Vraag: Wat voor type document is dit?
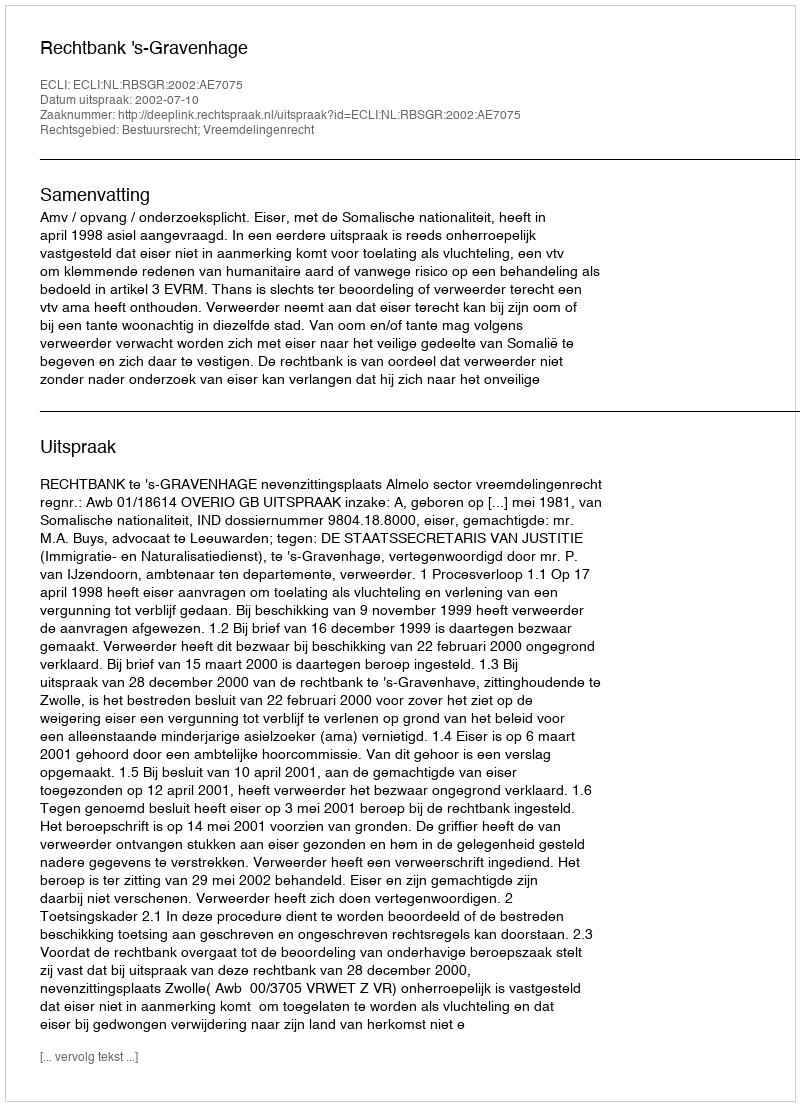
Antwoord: Uitspraak